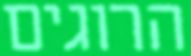
הרוגים